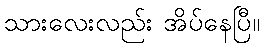
သားလေးလည်း အိပ်နေပြီ။